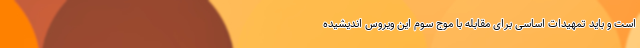
است و باید تمهیدات اساسی برای مقابله با موج سوم این ویروس اندیشیده